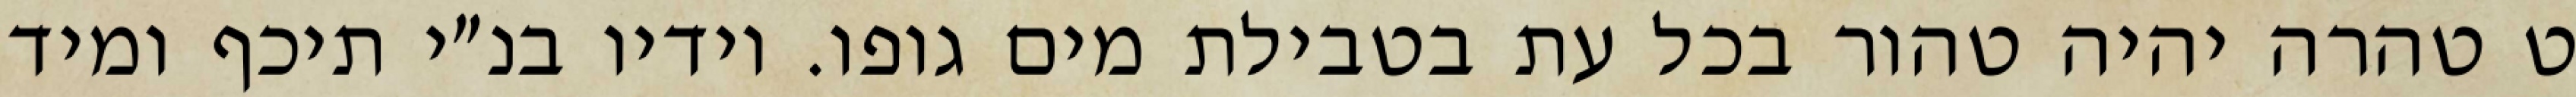
ט טהרה יהיה טהור בכל עת בטבילת מים גופו. וידיו בנ״י תיכף ומיד